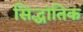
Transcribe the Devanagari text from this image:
सिद्धांतिक